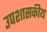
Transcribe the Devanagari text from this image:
उपशासकीय